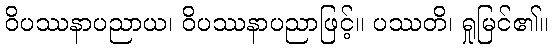
ဝိပဿနာပညာယ၊ ဝိပဿနာပညာဖြင့်။ ပဿတိ၊ ရှုမြင်၏။